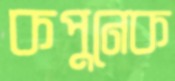
কপুনেক